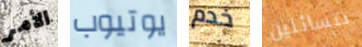
الأمر يوتيوب خدم تتسائلين